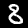
Digit: 8